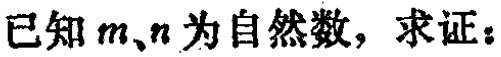
已知 \(m、n\) 为自然数，求证：